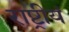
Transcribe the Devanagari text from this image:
राष्ट्रीयं